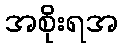
အစိုးရအ